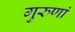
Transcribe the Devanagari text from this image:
गुरुणां